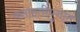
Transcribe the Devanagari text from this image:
वसाहतीयुगात